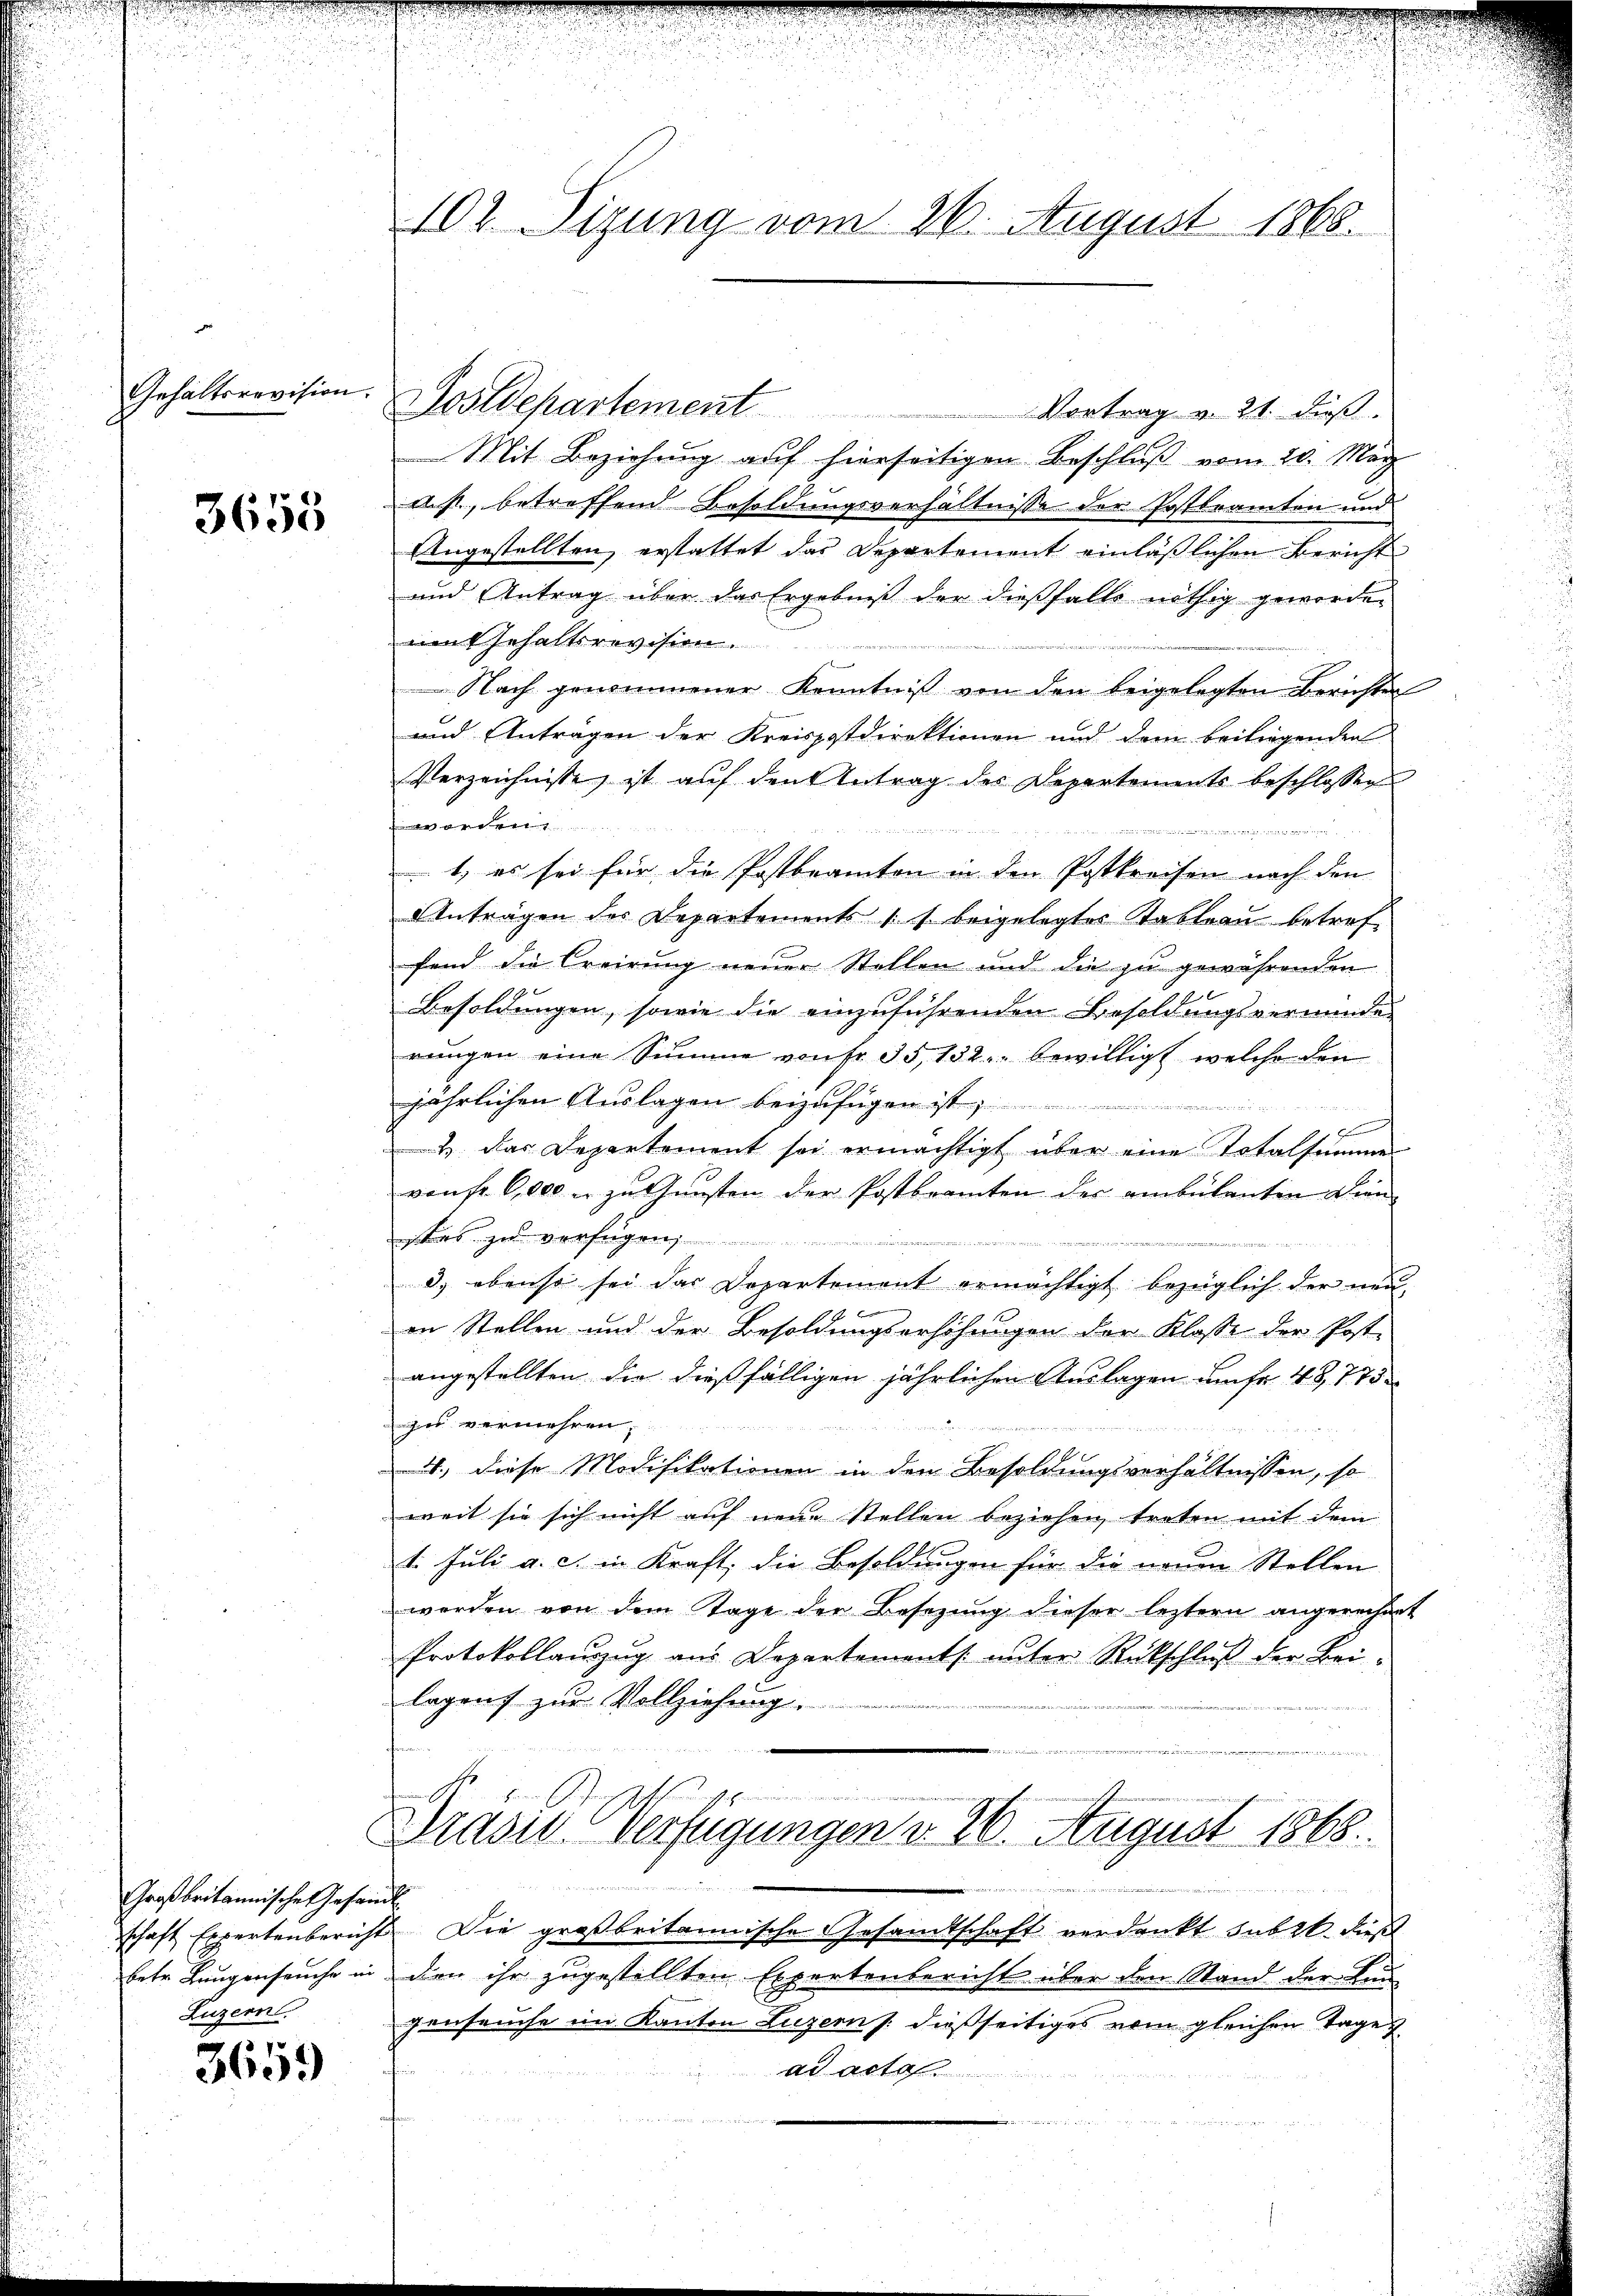
Gehaltsrevision.

3658

Sostdepartement Vortrag u. 21. dieβ.
Mit Beziehung auf hierseitigen Beschluß vom 20. März
dis, betreffend Besoldungsverhältnisse der Postbeamten und
Angestellten, erstattet das Departement einläßlichen Bericht
und Antrag über das Ergebniß der dießfalls nöthig geworde-
im Gehaltsrevision.
Nach genommener Kenntniβ von den beigelegten Berichter
und Anträgen der Kreispostdirektionen und dem beiliegenden
Verzeichnisse ist auf den Antrag des Departements beschlossen
worden
uiren und einen
1, es sei für die Postbeamten in den Postkreisen nach den
Anträgen des Departements s. beigelegter Tableau betref
fand die Creirung neuer Stellen und die zu gewährenden
Besoldungen, sowie die einzuführenden Besoldungsverminde
rungen eine Summe von Fr. 35, 132. bewilligt, welche den
jährlichen Auslagen beizufügen ist
 ei der in datir
e
2 das Departement sei ermächtigt über eine Totalsumme
von fr. 6,000 u zu Gunsten der Postbranten der ambulanten Dien-
stes zu verfügen
3) ebenso sei das Departement ermächtigt bezüglich der neu-
an Stellen und der Besoldungserhöhungen der Klasse der Post-
angestellten die dießfälligen jährlichen Auslagen umfr 48,775
gus vermehren,

4., diese Modifikationen in den Besoldungsverhältnissen, so
weit sie sich nicht auf neue Stellen beziehen, treten mit dem
1. Juli a. c. in Kraft, die Besoldungen für die neuen Stellen
werden von dem Tage der Besetzung dieser leztern angerechnet
Protokollanzug aus Departements. unter Rückschlŭβ der Bei-
legens zur Vollziehung.

Drasis Verfügungen d. 26. August 1868.
den und den
schaft Expertenbericht. Die großbritannische Gesandtschaft verdankt subst dieß
betr. Langenseuche in den ihr zugestellten Expertenbericht über den Stand der Bungenseuche im Kanton Luzern /: dießseitiges vom gleichen Tage
ad acte

Großbritannische Gesandt
Luzern.

3659

102. Sizung vom 26. August 1868.